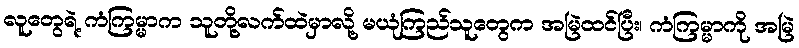
လူတွေရဲ့ ကံကြမ္မာက သူတို့လက်ထဲမှာလို့ မယုံကြည်သူတွေက အမြဲထင်ပြီး၊ ကံကြမ္မာကို အမြဲ